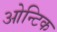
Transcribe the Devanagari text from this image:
ओन्टिक